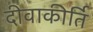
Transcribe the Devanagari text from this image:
दीवाकीर्ति